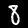
Digit: 8